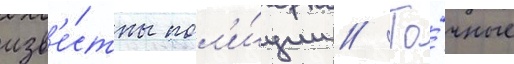
изв'е́стны пол'и́ции // То́чные